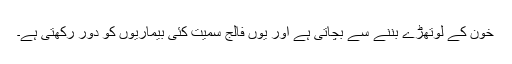
خون کے لوتھڑے بننے سے بچاتی ہے اور یوں فالج سمیت کئی بیماریوں کو دور رکھتی ہے۔